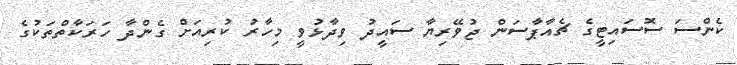
ކެންސަ ސޮސައިޓީގެ ޗެއާޕާސަން ޖުވޭރިޔާ ސައީދު ވިދާޅުވީ މިހާރު ކުރިއަށް ގެންދާ ހަރަކާތްތަކުގެ